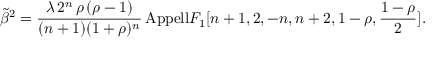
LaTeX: \tilde { \beta } ^ { 2 } = \frac { \lambda \, 2 ^ { n } \, \rho \, ( \rho - 1 ) } { ( n + 1 ) ( 1 + \rho ) ^ { n } } \, \mathrm { { A p p e l l } } F _ { 1 } [ n + 1 , 2 , - n , n + 2 , 1 - \rho , \frac { 1 - \rho } { 2 } ] .